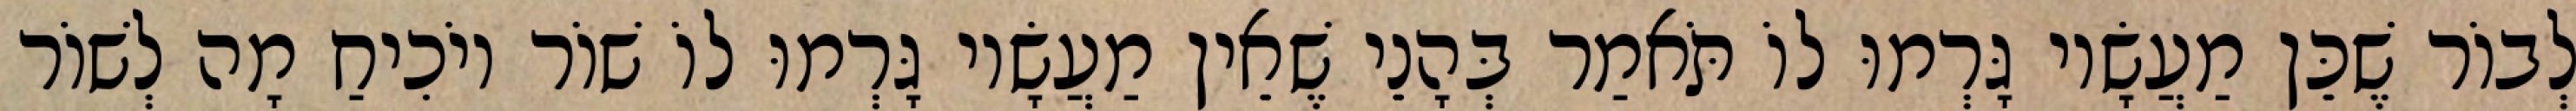
לְבוֹר שֶׁכֵּן מַעֲשָׂיו גָּרְמוּ לוֹ תֹּאמַר בְּהָנֵי שֶׁאֵין מַעֲשָׂיו גָּרְמוּ לוֹ שׁוֹר יוֹכִיחַ מָה לְשׁוֹר